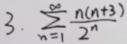
\[3.\ \sum_{n = 1}^{\infty} \frac{n(n + 3)}{2^n}\]